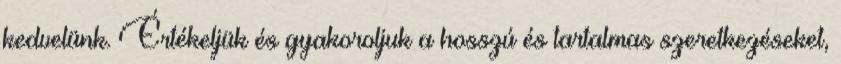
kedvelünk. Értékeljük és gyakoroljuk a hosszú és tartalmas szeretkezéseket,